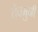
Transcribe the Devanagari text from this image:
देवमुनी